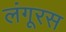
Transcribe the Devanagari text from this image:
लंगूरस